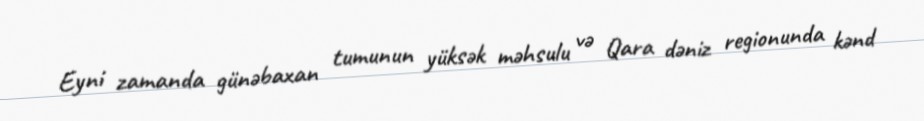
Eyni zamanda günəbaxan tumunun yüksək məhsulu və Qara dəniz regionunda kənd